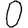
Digit: 0